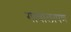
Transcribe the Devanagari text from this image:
गावालापण